Leaving Certificate Examination, 1920
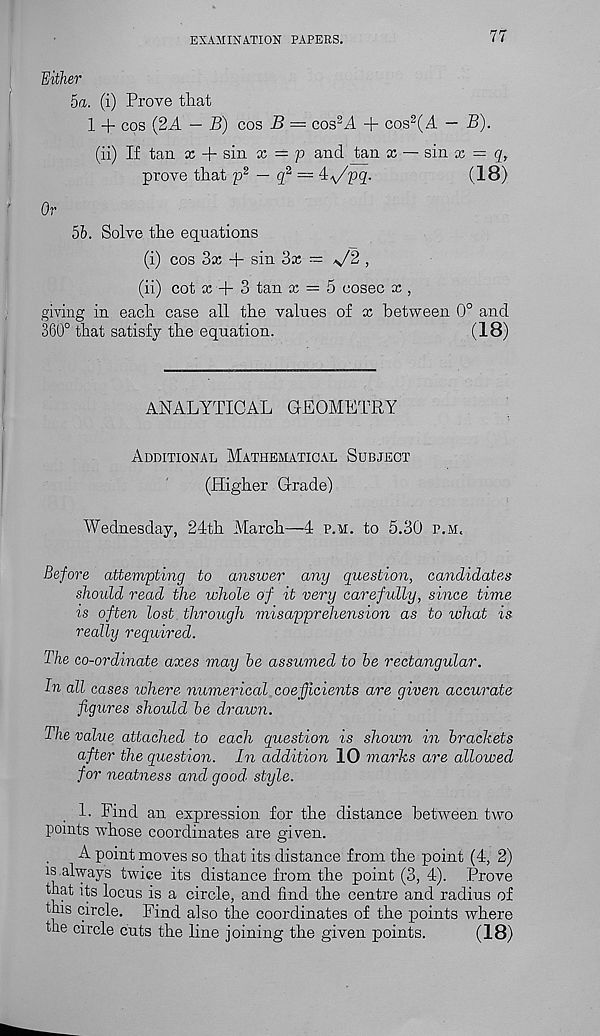
EXAMINATION PAPERS.
77
Either
5a. (i) Prove that
1 + cos (2A — B) cos B = cos 2 il + cos 2 (A — B).
(ii) If tan x + sin x — p and tan x — sin x — q,
prove that p 2 — q 2, — 4:</pq.
(.18)
Or
5b. Solve the equations
(i) cos 3x + sin 3x = V2 ,
(ii) cot x + 3 tan x = 5 cosec x ,
giving in each case all the values of x between 0° and
360° that satisfy the equation.
(18)
ANALYTICAL GEOMETRY
Additional Mathematical Subject
(Higher Grade)
Wednesday, 24th March—4 p.m. to 5.30 p.m.
Before attempting to answer any question, candidates
should read the whole of it very carefully, since time
is often lost through misapprehension as to what is
really required.
The co-ordinate axes may be assumed to be rectangular.
In all cases where numerical coefficients are given accurate
figures should be drawn.
The value attached to each question is shown in brackets
after the question. In addition 10 marks are allowed
for neatness and good, style.
1. Find an expression for the distance between two
points whose coordinates are given.
A point moves so that its distance from the point (4, 2)
is.always twice its distance from the point (3, 4). Prove
that its locus is a circle, and find the centre and radius of
this circle. Find also the coordinates of the points where
the circle cuts the line joining the given points.
(18)